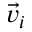
\vec { v } _ { i }